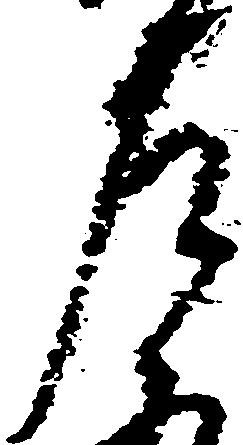
左